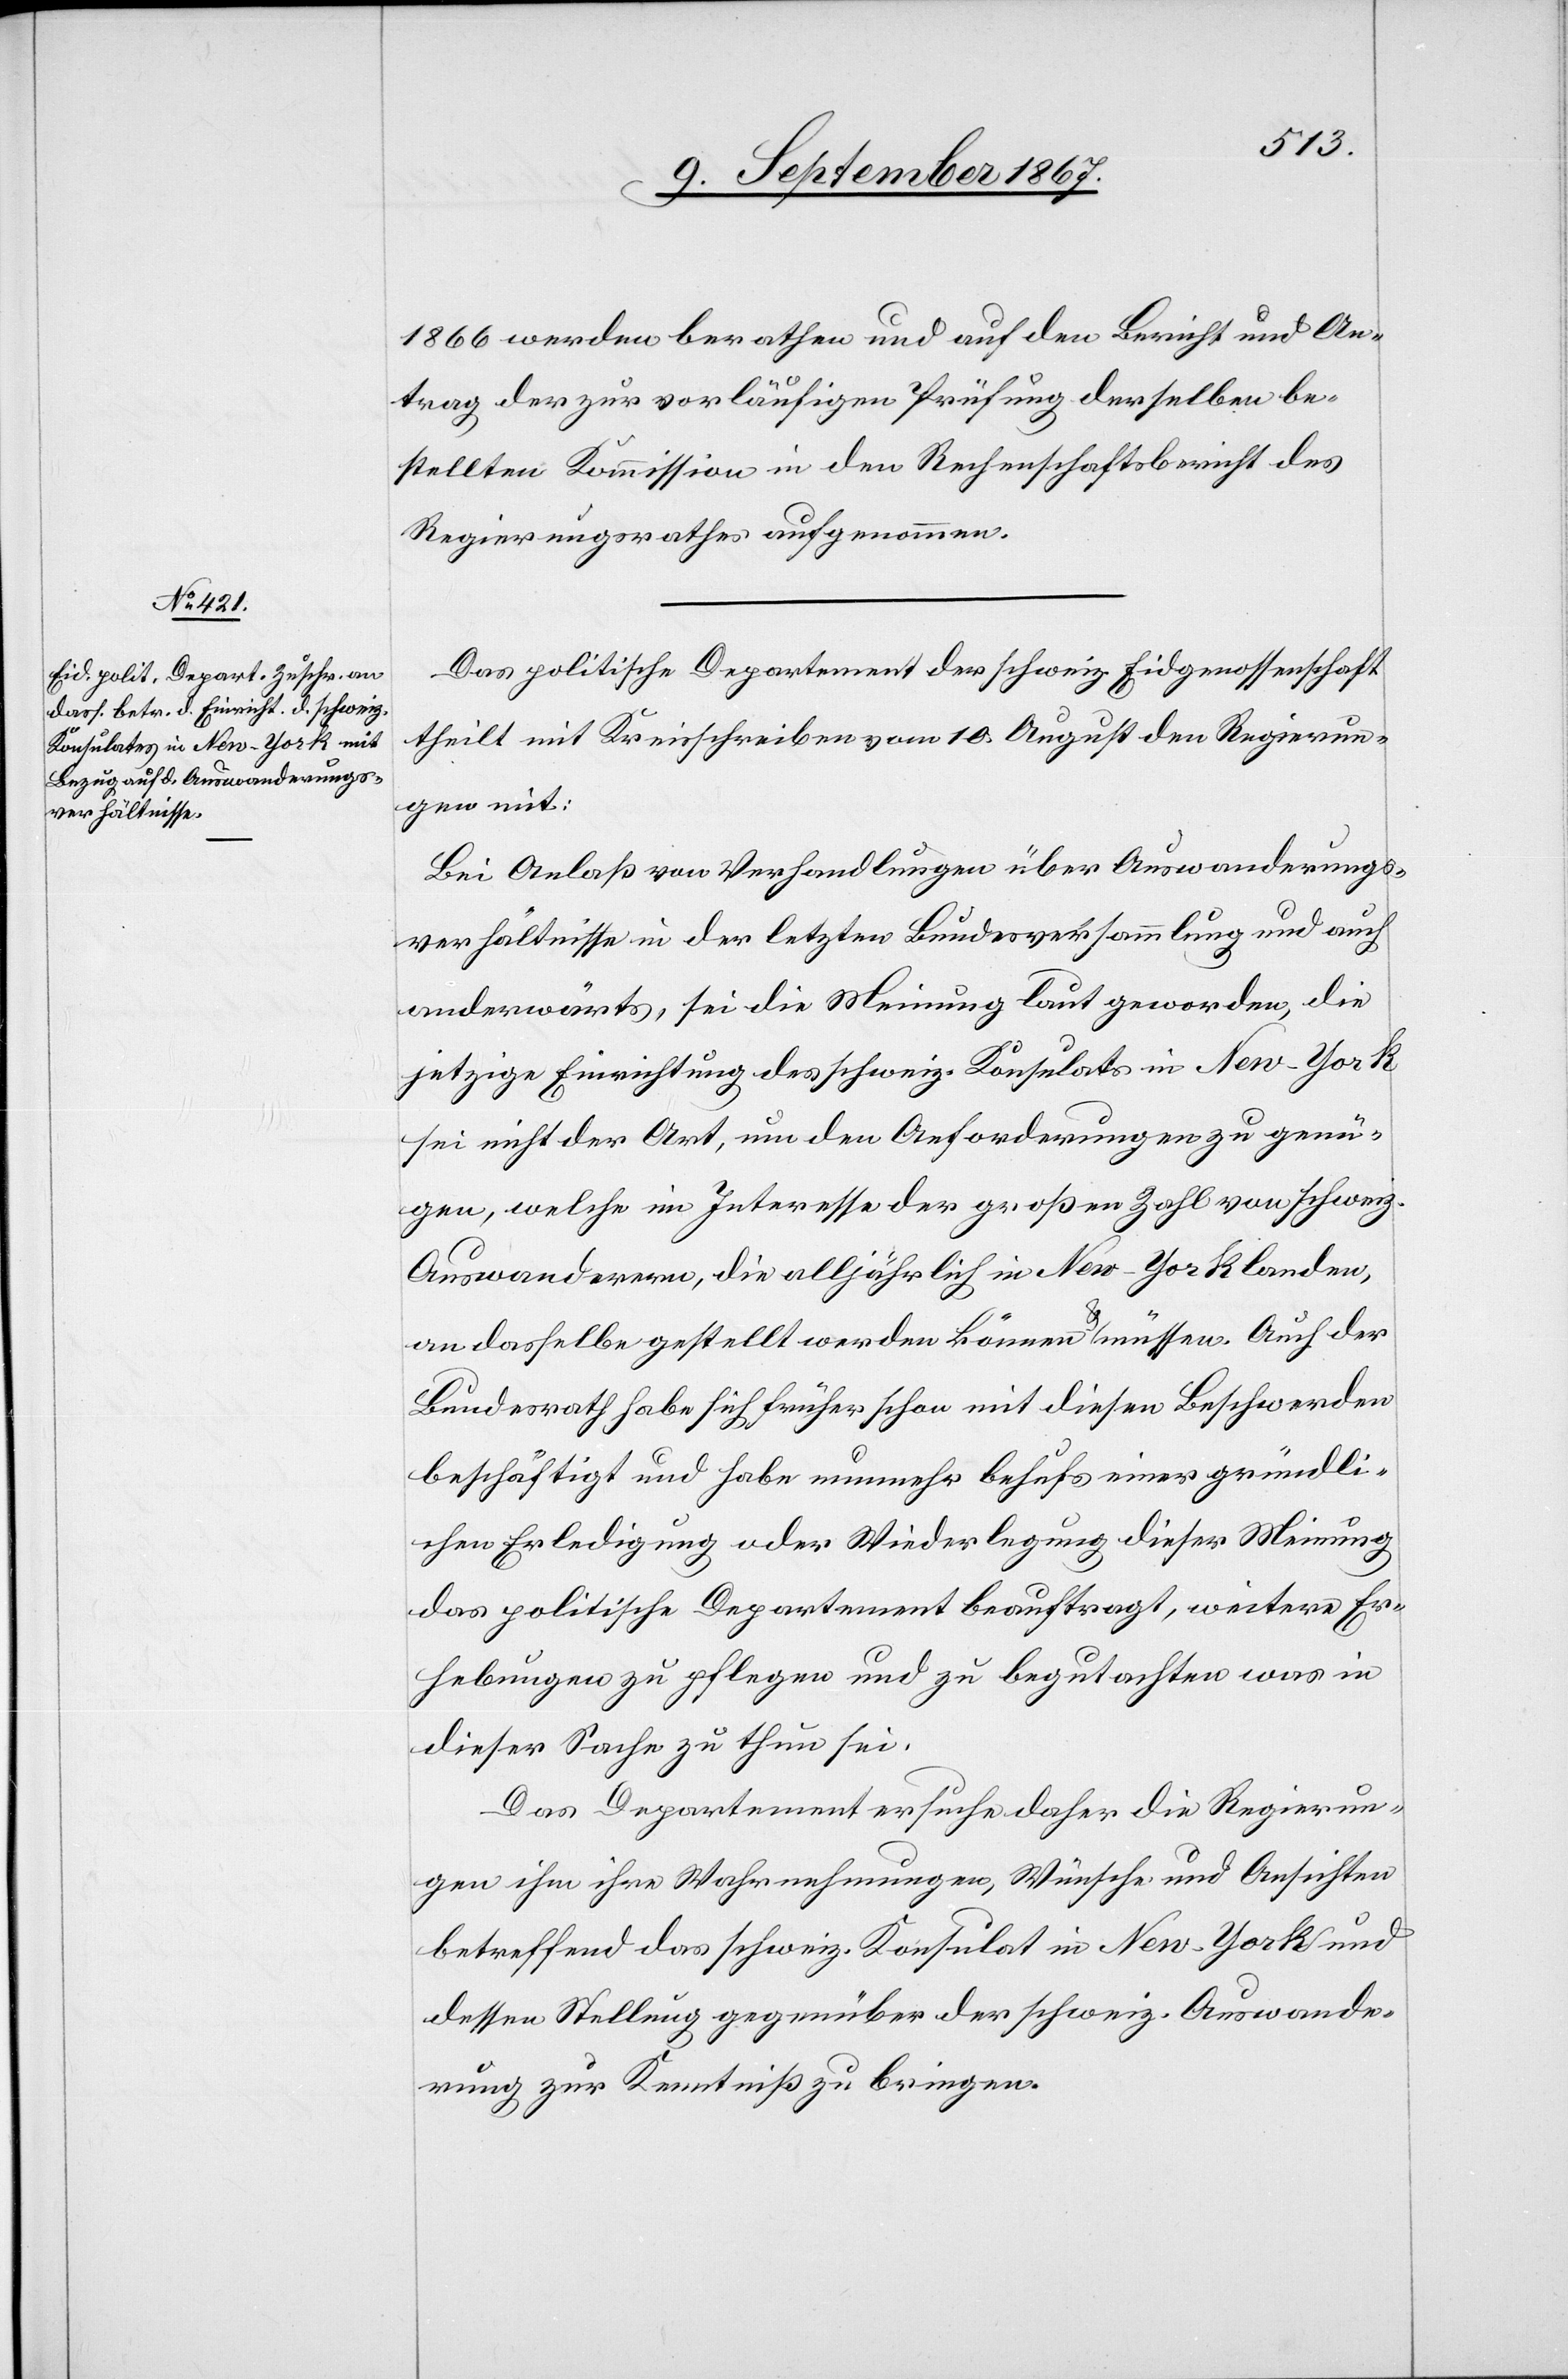
1866 werden berathen und auf den Bericht und An¬
trag der zur vorläufigen Prüfung derselben be¬
stellten Kommission in den Rechenschaftsbericht des
Regierungsrathes aufgenommen.
Das politische Departement der schweiz. Eidgenossenschaft
theilt mit Kreisschreiben vom 10. August den Regierun¬
gen mit:
Bei Anlaß von Verhandlungen über Auswanderungs¬
verhältnisse in der letzten Bundesversammlung und auch
anderwärts, sei die Meinung laut geworden, die
jetzige Einrichtung des schweiz. Konsulates in New-York
sei nicht der Art, um den Anforderungen zu genü¬
gen, welche im Interesse der großen Zahl von schweiz.
Auswanderern, die alljährlich in New-York landen,
an dasselbe gestellt werden können u. müssen. Auch der
Bundesrath habe sich früher schon mit diesen Beschwerden
beschäftigt und habe nunmehr behufs einer gründli¬
chen Erledigung oder Wiederlegung dieser Meinung
das politische Departement beauftragt, weitere Er¬
hebungen zu pflegen und zu begutachten was in
dieser Sache zu thun sei.
Das Departement ersuch daher die Regierun¬
gen ihm ihre Wahrnehmungen, Wünsche und Ansichten
betreffend das schweiz. Konsulat in New-York und
dessen Stellung gegenüber der schweiz. Auswande¬
rung zur Kenntniß zu bringen.